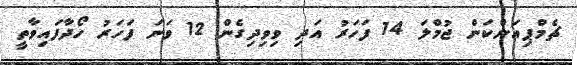
ޗެމްޕިއަންކަން ޖުމްލަ 14 ފަހަރު އަދި ވިވިދިގެން 12 ވަނަ ފަހަރު ހޯދާފައިވާތީ